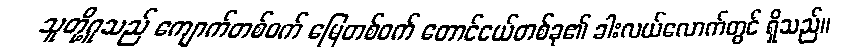
သူတို့ဂူသည် ကျောက်တစ်ဝက် မြေတစ်ဝက် တောင်ငယ်တစ်ခု၏ ခါးလယ်လောက်တွင် ရှိသည်။